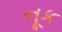
નૂક